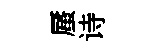
蜃诗